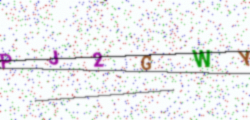
Text: PJ2GWY